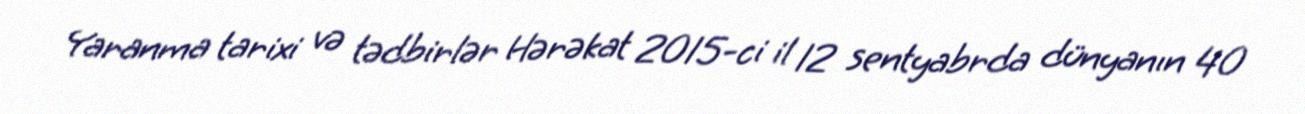
Yaranma tarixi və tədbirlər Hərəkat 2015-ci il 12 sentyabrda dünyanın 40